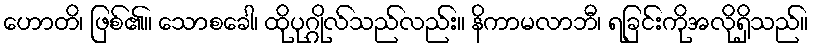
ဟောတိ၊ ဖြစ်၏။ သောစခေါ၊ ထိုပုဂ္ဂိုလ်သည်လည်း။ နိကာမလာဘီ၊ ရခြင်းကိုအလိုရှိသည်။